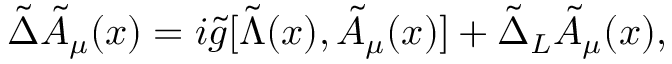
{ \tilde { \Delta } } { \tilde { A } } _ { \mu } ( x ) = i { \tilde { g } } [ { \tilde { \Lambda } } ( x ) , { \tilde { A } } _ { \mu } ( x ) ] + { \tilde { \Delta } } _ { L } { \tilde { A } } _ { \mu } ( x ) ,